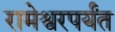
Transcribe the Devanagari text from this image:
रामेश्वरपर्यंत